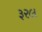
રૂરલ